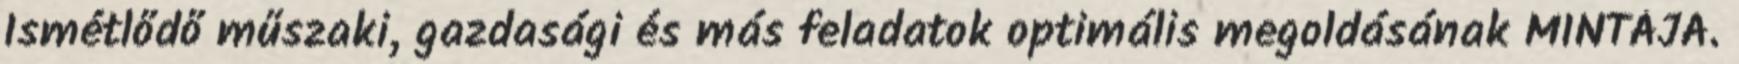
Ismétlődő műszaki, gazdasági és más feladatok optimális megoldásának MINTÁJA.